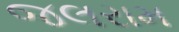
જલરામ